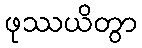
ဖုဿယိတွာ